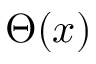
\Theta ( x )